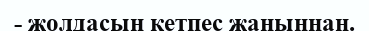
- жолдасың кетпес жаныңнан.